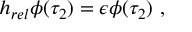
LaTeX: h _ { r e l } \phi ( \tau _ { 2 } ) = \epsilon \phi ( \tau _ { 2 } ) \ ,